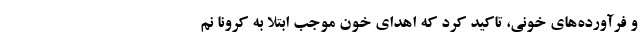
و فرآورده‌های خونی، تاکید کرد که اهدای خون موجب ابتلا به کرونا نم